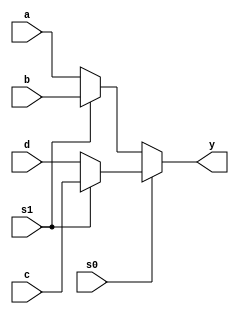
module multiplexer(a,b,c,d,s1,s0,y);
    input [31:0]a,b,c,d;
    input s0,s1;
    output [31:0] y;
     assign y = s0?(s1?c:d):(s1?b:a);
    // assign y = (~s1 & ~s0 & a) | (s1 & ~s0 & b) | (~s1 & s0 & c) | (s1 & s0 & d);
    
endmodule